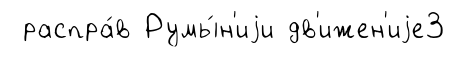
распра́в Румы́н'иjи дв'ижен'иjе3